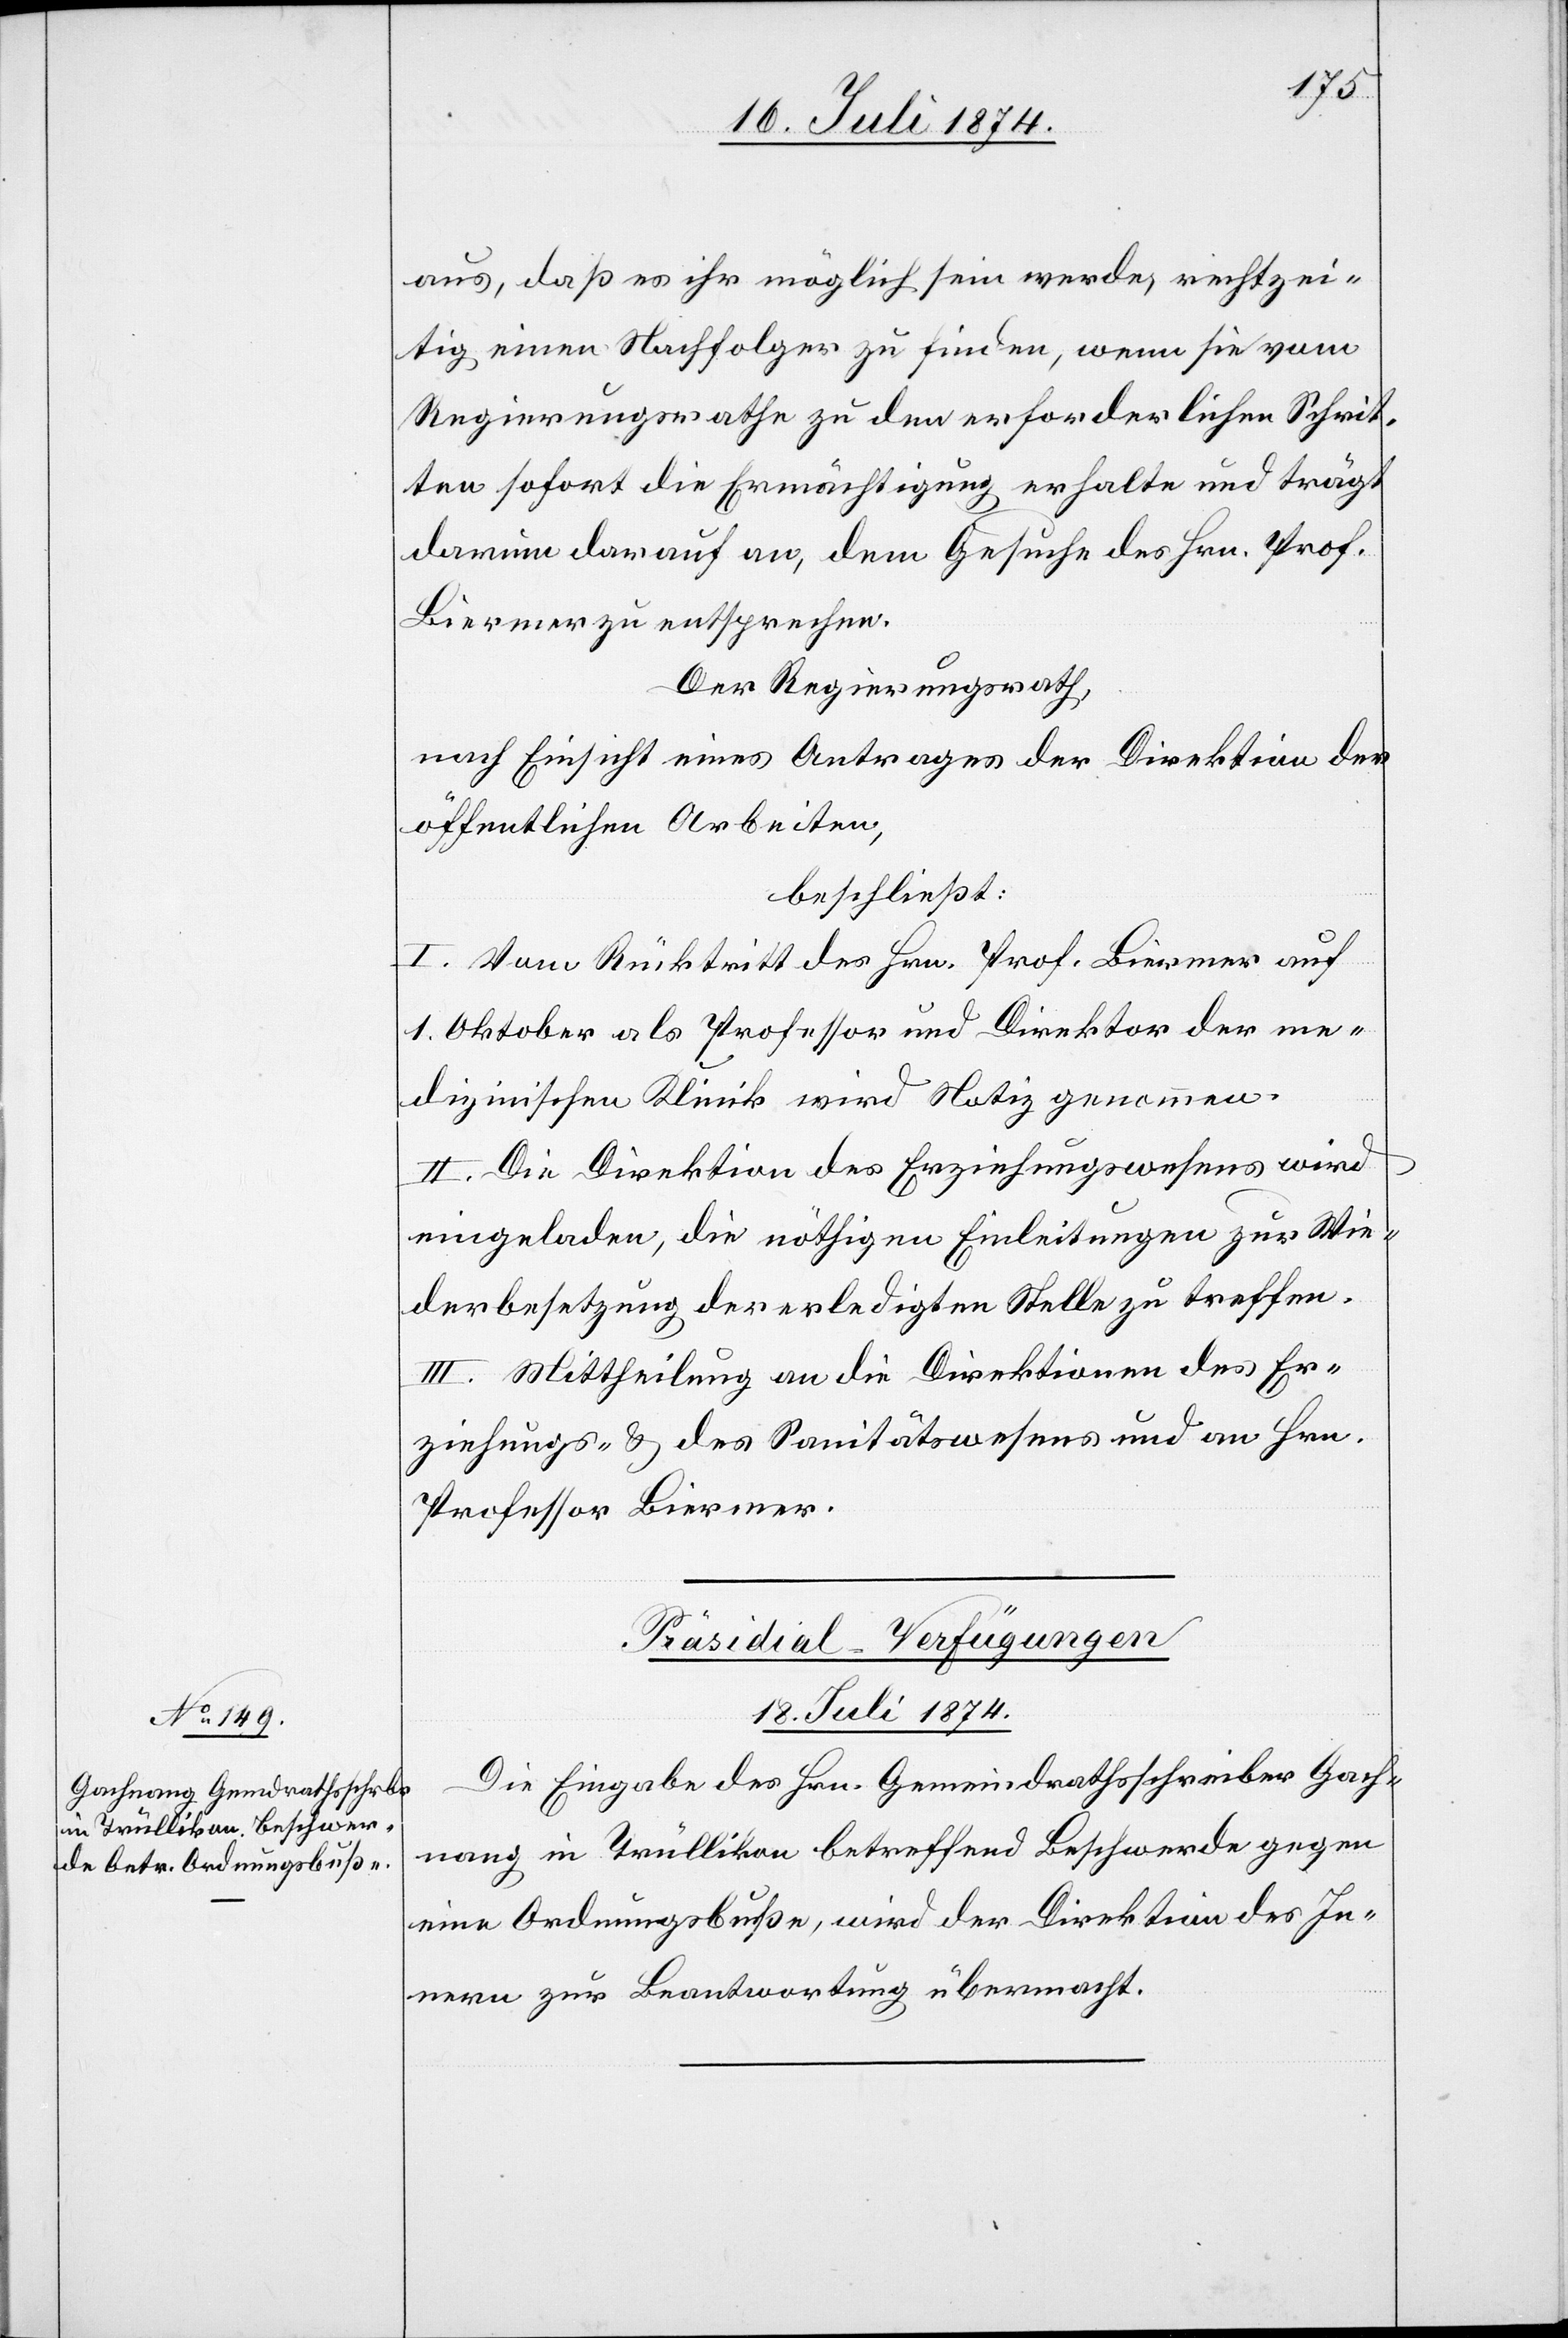
aus, daß es ihr möglich sein werde, rechtzei¬
tig einen Nachfolger zu finden, wenn sie vom
Regierungsrathe zu den erforderlichen Schrit¬
ten sofort die Ermächtigung erhalte und trägt
darum darauf an, dem Gesuche des Hrn. Prof.
Biermer zu entsprechen.
Der Regierungsrath,
nach Einsicht eines Antrages der Direktion der
öffentlichen Arbeiten,
beschließt:
I. Vom Rücktritt des Hrn. Prof. Biermer auf
1. Oktober als Professor und Direktor der me¬
dizinischen Klinik wird Notiz genommen.
II. Die Direktion des Erziehungswesens wird
eingeladen, die nöthigen Einleitungen zur Wie¬
derbesetzung der erledigten Stelle zu treffen.
III. Mittheilung an die Direktion des Er¬
ziehungs- u. des Sanitätswesens und an Hrn.
Professor Biermer.
Präsidial-Verfügungen
[18. Juli 1874.]
Die Eingabe des Hrn. Gemeindrathsschreiber Gach¬
nang in Trüllikon betreffend Beschwerde gegen
eine Ordnungsbuße, wird der Direktion des In¬
nern zur Beantwortung übermacht.